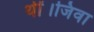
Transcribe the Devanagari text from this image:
थीं।जिवा